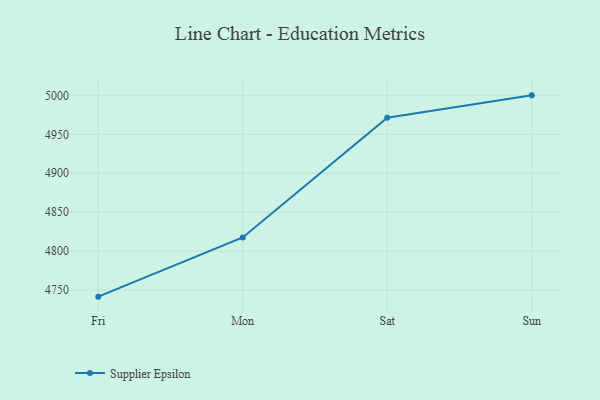
{"axis": {"x": "Day", "y": "Active Users"}, "legend": ["Supplier Epsilon"], "data": [{"x": "Fri", "y": 4741.7, "type": "Supplier Epsilon"}, {"x": "Mon", "y": 4817.6, "type": "Supplier Epsilon"}, {"x": "Sat", "y": 4971.2, "type": "Supplier Epsilon"}, {"x": "Sun", "y": 5000, "type": "Supplier Epsilon"}]}